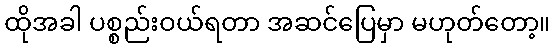
ထိုအခါ ပစ္စည်းဝယ်ရတာ အဆင်ပြေမှာ မဟုတ်တော့။